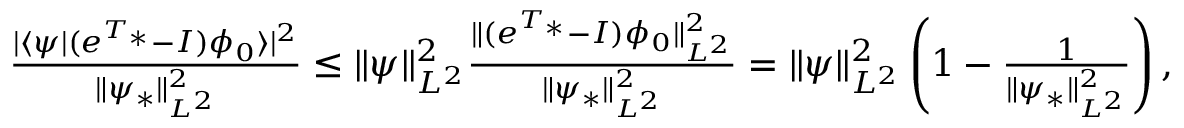
\begin{array} { r } { \frac { \vert \langle \psi | ( e ^ { T _ { * } } - I ) \phi _ { 0 } \rangle \vert ^ { 2 } } { \Vert \psi _ { * } \Vert _ { L ^ { 2 } } ^ { 2 } } \leq \Vert \psi \Vert _ { L ^ { 2 } } ^ { 2 } \frac { \Vert ( e ^ { T _ { * } } - I ) \phi _ { 0 } \Vert _ { L ^ { 2 } } ^ { 2 } } { \Vert \psi _ { * } \Vert _ { L ^ { 2 } } ^ { 2 } } = \Vert \psi \Vert _ { L ^ { 2 } } ^ { 2 } \left( 1 - \frac { 1 } { \Vert \psi _ { * } \Vert _ { L ^ { 2 } } ^ { 2 } } \right) , } \end{array}